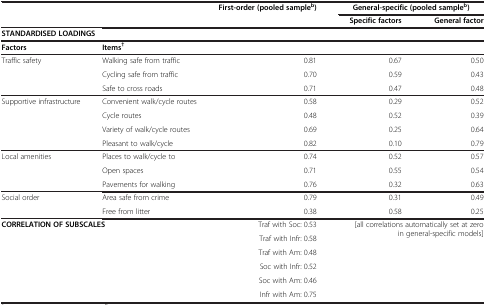
<table><thead><tr><td><b> </b></td><td><b> </b></td><td><b>First-order (pooled sample<sup>b</sup>)</b></td><td colspan="2"><b>General-specific (pooled sample<sup>b</sup>)</b></td></tr><tr><td><b> </b></td><td><b> </b></td><td><b> </b></td><td><b>Specific factors</b></td><td><b>General factor</b></td></tr></thead><tbody><tr><td colspan="2"><b>STANDARDISED LOADINGS</b></td><td> </td><td> </td><td> </td></tr><tr><td><b>Factors</b></td><td><b>Items</b><sup><b>†</b></sup></td><td> </td><td> </td><td> </td></tr><tr><td>Traffic safety</td><td>Walking safe from traffic</td><td>0.81</td><td>0.67</td><td>0.50</td></tr><tr><td> </td><td>Cycling safe from traffic</td><td>0.70</td><td>0.59</td><td>0.43</td></tr><tr><td> </td><td>Safe to cross roads</td><td>0.71</td><td>0.47</td><td>0.48</td></tr><tr><td>Supportive infrastructure</td><td>Convenient walk/cycle routes</td><td>0.58</td><td>0.29</td><td>0.52</td></tr><tr><td> </td><td>Cycle routes</td><td>0.48</td><td>0.52</td><td>0.39</td></tr><tr><td> </td><td>Variety of walk/cycle routes</td><td>0.69</td><td>0.25</td><td>0.64</td></tr><tr><td> </td><td>Pleasant to walk/cycle</td><td>0.82</td><td>0.10</td><td>0.79</td></tr><tr><td>Local amenities</td><td>Places to walk/cycle to</td><td>0.74</td><td>0.52</td><td>0.57</td></tr><tr><td> </td><td>Open spaces</td><td>0.71</td><td>0.55</td><td>0.54</td></tr><tr><td> </td><td>Pavements for walking</td><td>0.76</td><td>0.32</td><td>0.63</td></tr><tr><td>Social order</td><td>Area safe from crime</td><td>0.79</td><td>0.31</td><td>0.49</td></tr><tr><td> </td><td>Free from litter</td><td>0.38</td><td>0.58</td><td>0.25</td></tr><tr><td rowspan="5" colspan="2"><b>CORRELATION OF SUBSCALES</b></td><td>Traf with Soc: 0.53</td><td rowspan="5" colspan="2">[all correlations automatically set at zero in general-specific models]</td></tr><tr><td>Traf with Infr: 0.58</td></tr><tr><td>Traf with Am: 0.48</td></tr><tr><td>Soc with Infr: 0.52</td></tr><tr><td>Soc with Am: 0.46</td></tr><tr><td> </td><td> </td><td>Infr with Am: 0.75</td><td> </td><td> </td></tr></tbody></table>